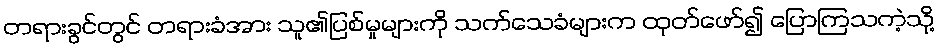
တရားခွင်တွင် တရားခံအား သူ၏ပြစ်မှုများကို သက်သေခံများက ထုတ်ဖော်၍ ပြောကြသကဲ့သို့